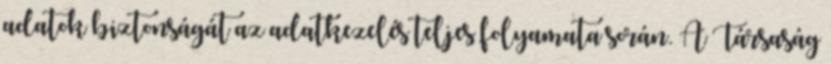
adatok biztonságát az adatkezelés teljes folyamata során. A Társaság